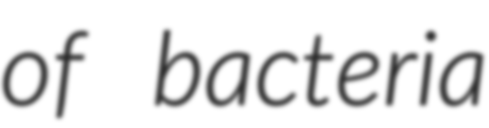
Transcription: of bacteria